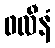
ဖလီနံ